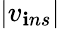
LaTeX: |v_{\mathbf{i}ns}|